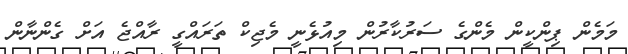
މަމެން ޕިންކީން މެންގެ ސަރުކާރުން މިއުޅެނީ މެޖިކް ތަރައްގީ ރާއްޖެ އަށް ގެންނާން